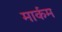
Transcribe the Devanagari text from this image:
मार्कम